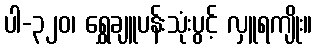
ပါ-၃၂၀၊ ရွှေချူပန်းသုံးပွင့် လှူရကျိုး။